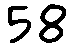
58